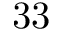
3 3